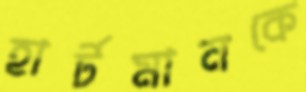
হার্টমানকে